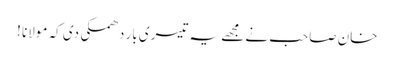
خان صاحب نے مجھے یہ تیسری بار دھمکی دی کہ مولانا !